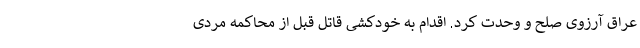
عراق آرزوی صلح و وحدت کرد. اقدام به خودکشی قاتل قبل از محاکمه مردی